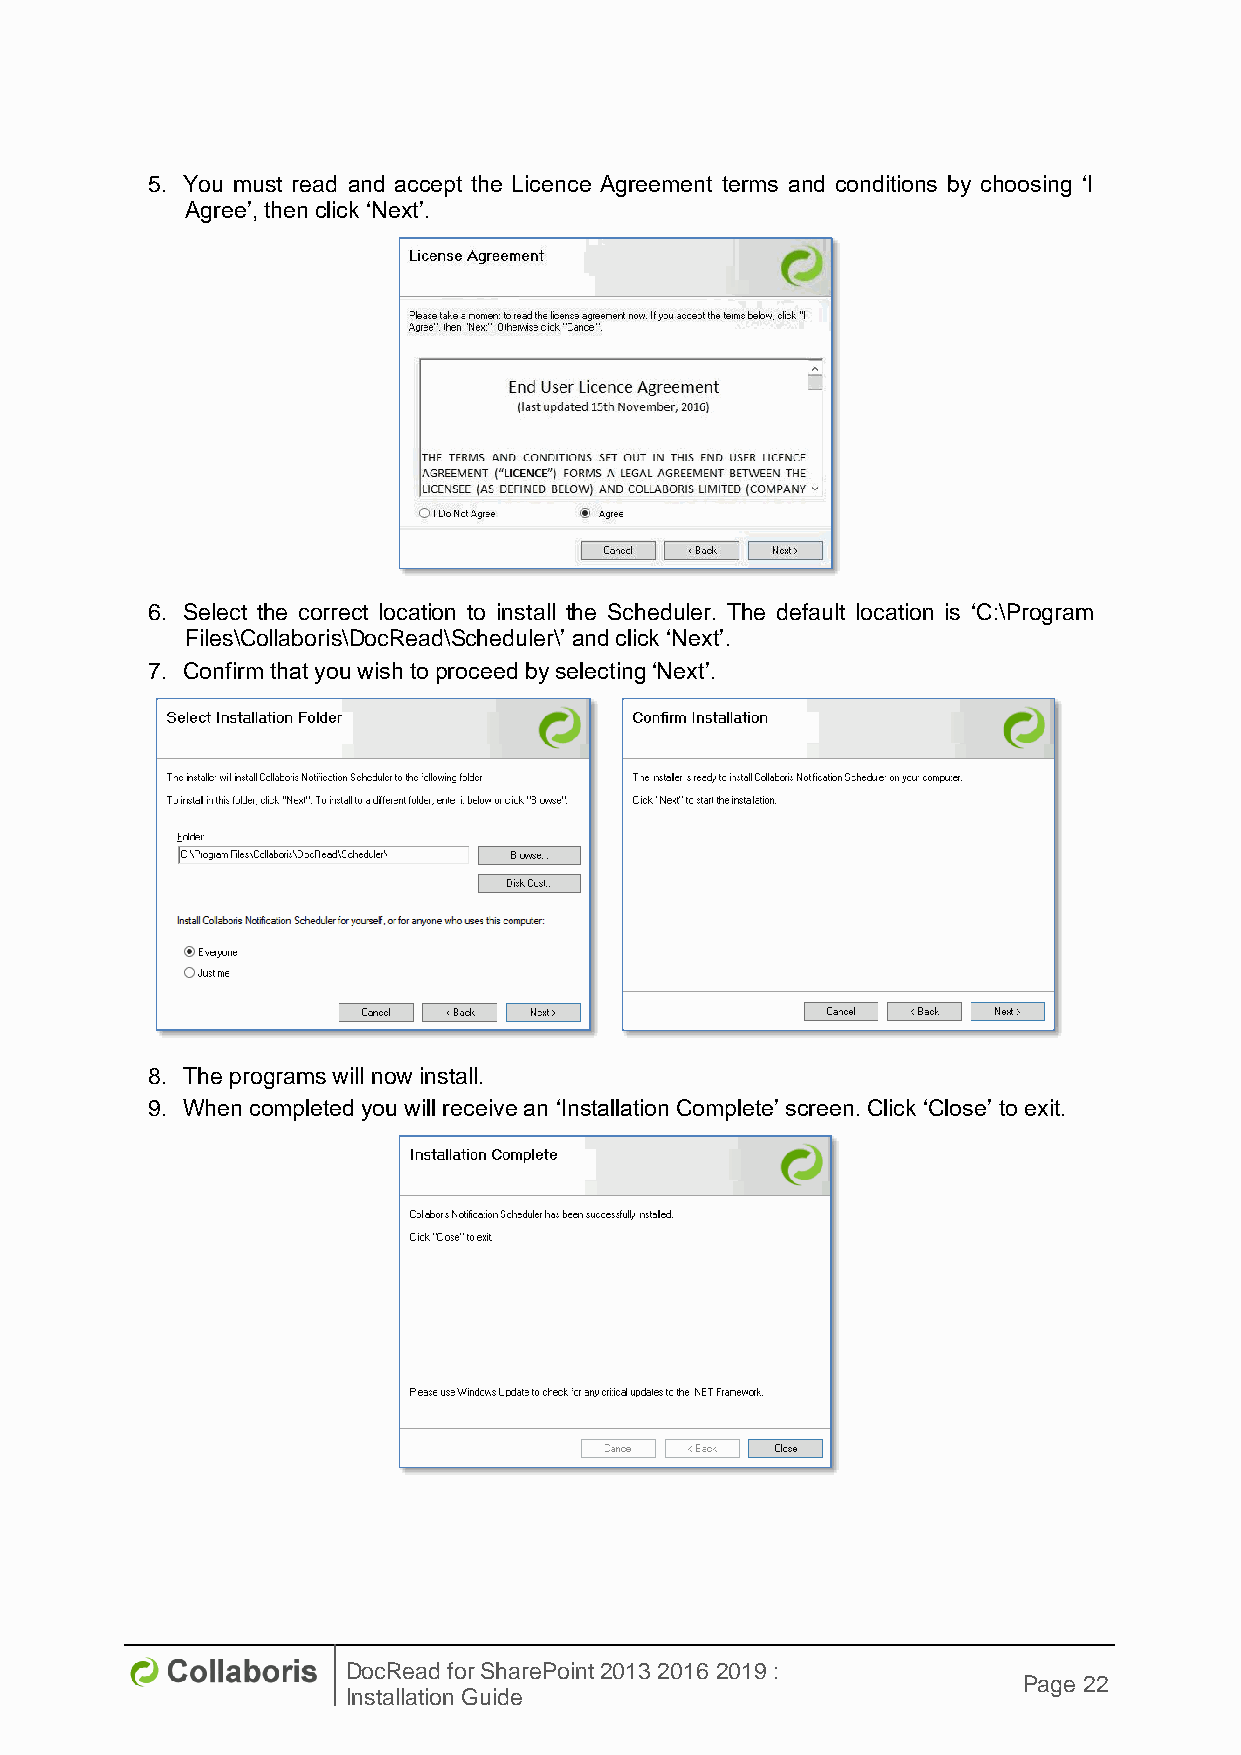
5. You must read and accept the Licence Agreement terms and conditions by choosing ‘I
 Agree’, then click ‘Next’.
 6. Select the correct location to install the Scheduler. The default location is ‘C:\Program
 Files\Collaboris\DocRead\Scheduler\’ and click ‘Next’.
 7. Confirm that you wish to proceed by selecting ‘Next’.
 8. The programs will now install.
 9. When completed you will receive an ‘Installation Complete’ screen. Click ‘Close’ to exit.
 DocRead for SharePoint 2013 2016 2019 :
 Page 22
 Installation Guide